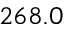
2 6 8 . 0